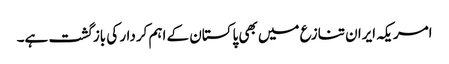
امریکہ ایران تنازع میں بھی پاکستان کے اہم کردار کی بازگشت ہے۔